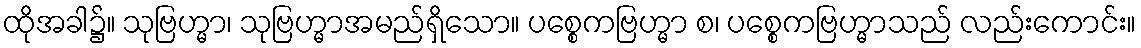
ထိုအခါ၌။ သုဗြဟ္မာ၊ သုဗြဟ္မာအမည်ရှိသော။ ပစ္စေကဗြဟ္မာ စ၊ ပစ္စေကဗြဟ္မာသည် လည်းကောင်း။